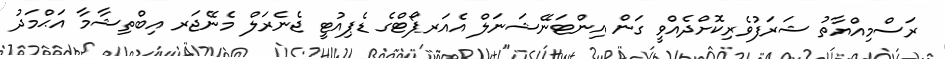
ރަސްމިއްޔާތު ޝަރަފުވެރިކޮށްދެއްވީ ގަން އިންޓަނޭޝަނަލް އެއަރޕޯޓްގެ ޑެޕިއުޓީ ޖެނެރަލް މެނޭޖަރ އިބްތިޝާމާ އަޙްމަދު